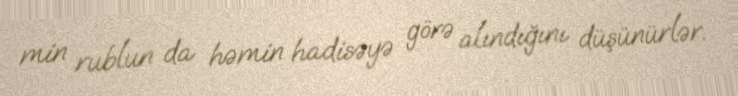
min rublun da həmin hadisəyə görə alındığını düşünürlər.